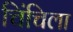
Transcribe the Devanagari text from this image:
चिंचिला